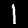
Label: 1